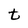
Character: t